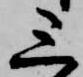
三